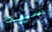
سيد